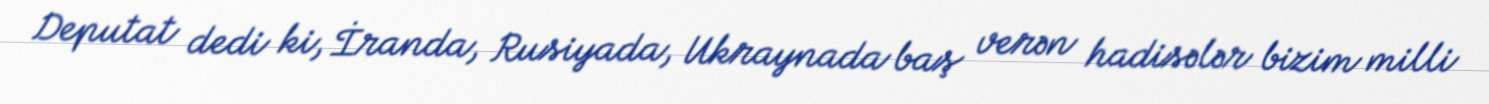
Deputat dedi ki, İranda, Rusiyada, Ukraynada baş verən hadisələr bizim milli